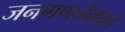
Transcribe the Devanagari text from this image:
जनगणनेमधून